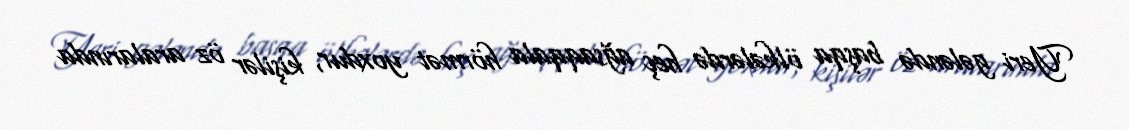
Yeri gələndə başqa ölkələrdə heç ağsaqqala hörmət yoxdur, kişilər öz aralarında